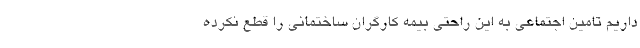
داریم تامین اجتماعی به این راحتی بیمه کارگران ساختمانی را قطع نکرده